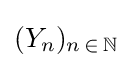
{\textstyle (Y_{n})_{n\,\in \,\mathbb {N} }}